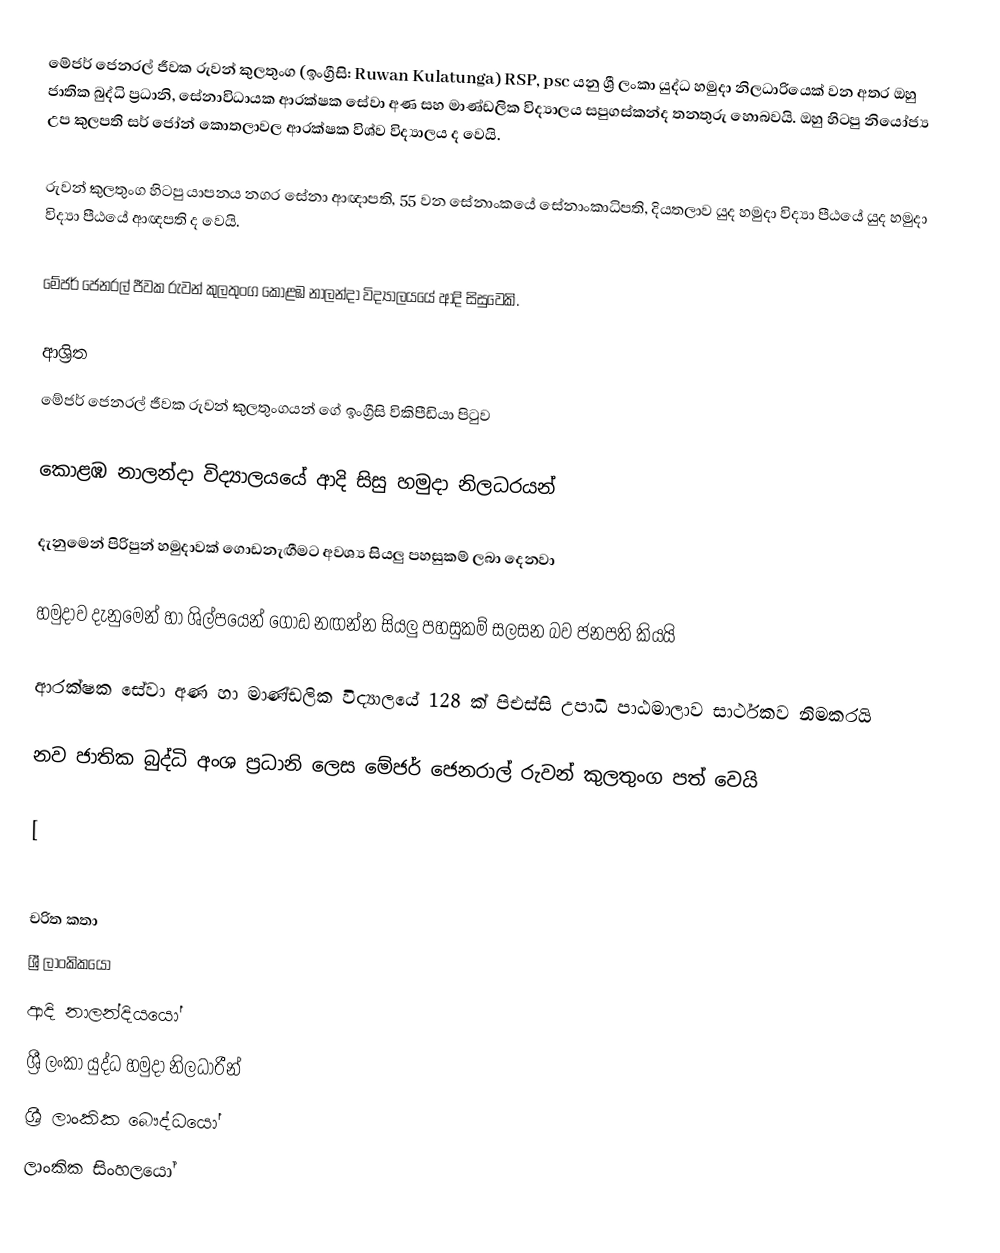
මේජර් ජෙනරල් ජීවක රුවන් කුලතුංග (ඉංග්‍රීසි: Ruwan Kulatunga) RSP, psc යනු  ශ්‍රී ලංකා යුද්ධ හමුදා නිලධාරියෙක් වන අතර ඔහු ජාතික බුද්ධි ප්‍රධානි, සේනාවිධායක ආරක්ෂක සේවා අණ සහ මාණ්ඩලික විද්‍යාලය සපුගස්කන්ද තනතුරු හොබවයි. ඔහු හිටපු නියෝජ්‍ය උප කුලපති සර් ජෝන් කොතලාවල ආරක්ෂක විශ්ව විද්‍යාලය ද වෙයි.

රුවන් කුලතුංග හිටපු යාපනය නගර සේනා ආඥාපති, 55 වන සේනාංකයේ සේනාංකාධිපති, දියතලාව යුද හමුදා විද්‍යා පීඨයේ යුද හමුදා විද්‍යා පීඨයේ ආඥපති ද වෙයි.

මේජර් ජෙනරල් ජීවක රුවන් කුලතුංග  කොළඹ නාලන්දා විද්‍යාලයයේ ආදි සිසුවෙකි.

ආශ්‍රිත
  මේජර් ජෙනරල් ජීවක රුවන් කුලතුංගයන් ගේ ඉංග්‍රීසි විකිපීඩියා පිටුව

 කොළඹ නාලන්දා විද්‍යාලයයේ ආදි සිසු හමුදා නිලධරයන්

 දැනුමෙන් පිරිපුන් හමුදාවක් ගොඩනැ‍ඟීමට අවශ්‍ය සියලු පහසුකම් ලබා දෙනවා

 හමුදාව දැනුමෙන් හා ශිල්පයෙන් ගොඩ නඟන්න සියලු පහසුකම් සලසන බව ජනපති කියයි

 ආරක්ෂක සේවා අණ හා මාණ්ඩලික විද්‍යාලයේ 128 ක් පිඑස්සි උපාධි පාඨමාලාව සාර්ථකව නිමකරයි

 නව ජාතික බුද්ධි අංශ ප්‍රධානි ලෙස මේජර් ජෙනරාල් රුවන් කුලතුංග පත් වෙයි

 [

චරිත කතා
ශ්‍රී ලාංකිකයෝ
ආදි නාලන්දියයෝ
ශ්‍රී ලංකා යුද්ධ හමුදා නිලධාරීන්
ශ්‍රී ලාංකික බෞද්ධයෝ
ලාංකික සිංහලයෝ